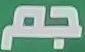
جم